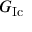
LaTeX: G _ { \mathrm { { I c } } }